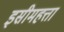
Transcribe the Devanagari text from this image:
इसीमहत्ता